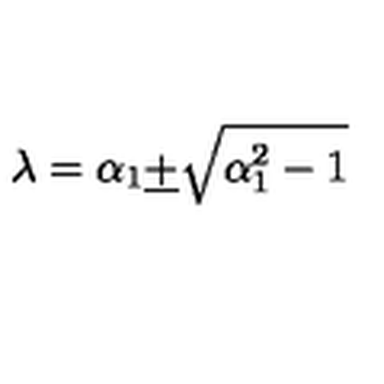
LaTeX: \lambda = \alpha _ { 1 } \underline { { + } } \sqrt { \alpha _ { 1 } ^ { 2 } - 1 }